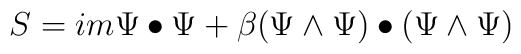
S  =  im \Psi \bullet \Psi  +   \beta (\Psi \wedge \Psi) \bullet (\Psi \wedge \Psi)